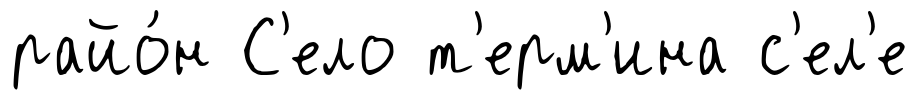
райо́н С'ело т'ерм'ина с'ел'е